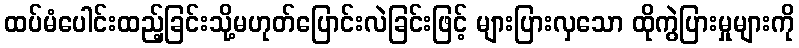
ထပ်မံပေါင်းထည့်ခြင်းသို့မဟုတ်ပြောင်းလဲခြင်းဖြင့် များပြားလှသော ထိုကွဲပြားမှုများကို